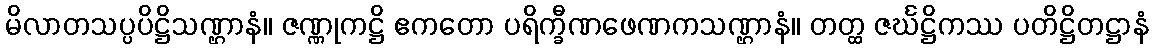
မိလာတသပ္ပပိဋ္ဌိသဏ္ဌာနံ။ ဇဏ္ဏုကဋ္ဌိ ဧကတော ပရိက္ခီဏဖေဏကသဏ္ဌာနံ။ တတ္ထ ဇင်္ဃဋ္ဌိကဿ ပတိဋ္ဌိတဋ္ဌာနံ